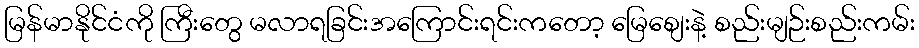
မြန်မာနိုင်ငံကို ကြီးတွေ မလာရခြင်းအကြောင်းရင်းကတော့ မြေစျေးနဲ့ စည်းမျဉ်းစည်းကမ်း